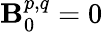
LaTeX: \mathbf{B}_{0}^{p,q}=0